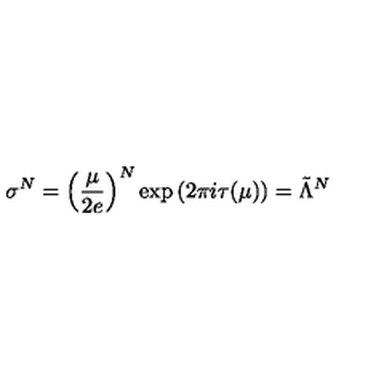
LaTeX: \sigma ^ { N } = \left( \frac { \mu } { 2 e } \right) ^ { N } \exp \left( 2 \pi i \tau ( \mu ) \right) = \tilde { \Lambda } ^ { N }